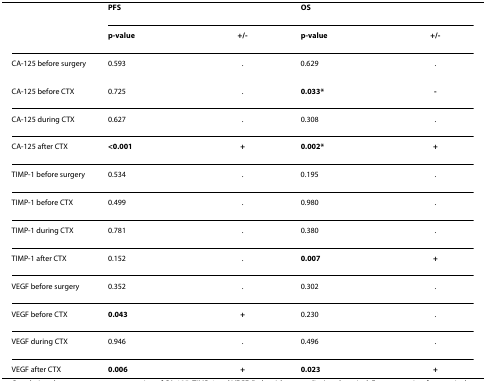
<table><thead><tr><td></td><td><b>PFS</b></td><td></td><td><b>OS</b></td><td></td></tr><tr><td></td><td><b>p-value</b></td><td><b>+/-</b></td><td><b>p-value</b></td><td><b>+/-</b></td></tr></thead><tbody><tr><td>CA-125 before surgery</td><td>0.593</td><td>.</td><td>0.629</td><td>.</td></tr><tr><td>CA-125 before CTX</td><td>0.725</td><td>.</td><td><b>0.033*</b></td><td><b>-</b></td></tr><tr><td>CA-125 during CTX</td><td>0.627</td><td>.</td><td>0.308</td><td>.</td></tr><tr><td>CA-125 after CTX</td><td><b>&lt;0.001</b></td><td><b>+</b></td><td><b>0.002*</b></td><td><b>+</b></td></tr><tr><td>TIMP-1 before surgery</td><td>0.534</td><td>.</td><td>0.195</td><td>.</td></tr><tr><td>TIMP-1 before CTX</td><td>0.499</td><td>.</td><td>0.980</td><td>.</td></tr><tr><td>TIMP-1 during CTX</td><td>0.781</td><td>.</td><td>0.380</td><td>.</td></tr><tr><td>TIMP-1 after CTX</td><td>0.152</td><td>.</td><td><b>0.007</b></td><td><b>+</b></td></tr><tr><td>VEGF before surgery</td><td>0.352</td><td>.</td><td>0.302</td><td>.</td></tr><tr><td>VEGF before CTX</td><td><b>0.043</b></td><td><b>+</b></td><td>0.230</td><td>.</td></tr><tr><td>VEGF during CTX</td><td>0.946</td><td>.</td><td>0.496</td><td>.</td></tr><tr><td>VEGF after CTX</td><td><b>0.006</b></td><td><b>+</b></td><td><b>0.023</b></td><td><b>+</b></td></tr></tbody></table>